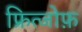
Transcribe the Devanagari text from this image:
फ्रित्जोफ़